Civil Veterinary Department ledger series I-VI
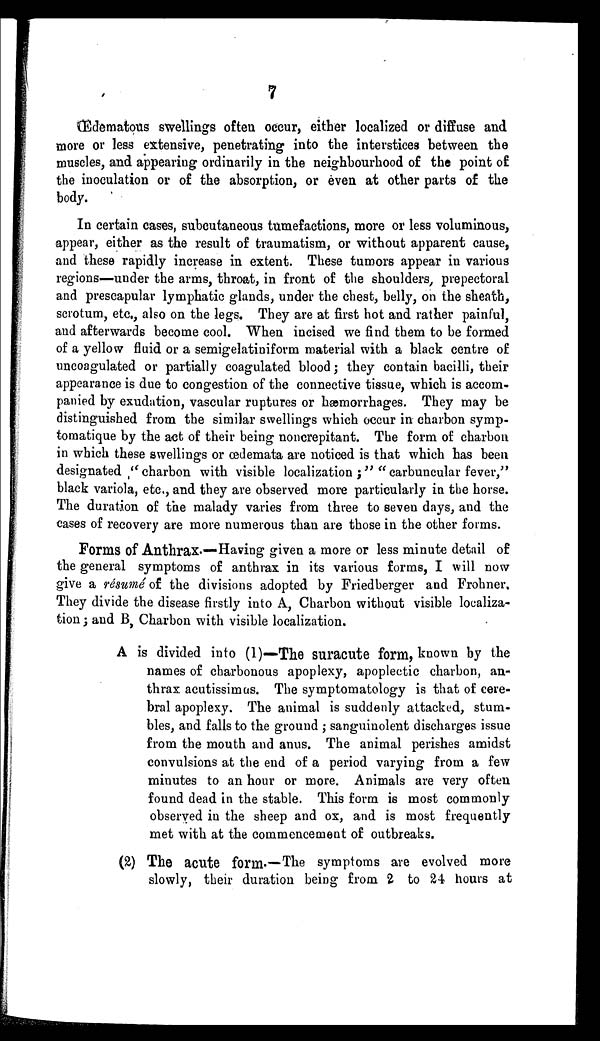
7
Œdematous swellings often occur, either localized or diffuse and
more or less extensive, penetrating into the interstices between the
muscles, and appearing ordinarily in the neighbourhood of the point of
the inoculation or of the absorption, or even at other parts of the
body.
In certain cases, subcutaneous tumefactions, more or less voluminous,
appear, either as the result of traumatism, or without apparent cause,
and these rapidly increase in extent. These tumors appear in various
regions—under the arms, throat, in front of the shoulders, prepectoral
and prescapular lymphatic glands, under the chest, belly, on the sheath,
scrotum, etc., also on the legs. They are at first hot and rather painful,
and afterwards become cool. When incised we find them to be formed
of a yellow fluid or a semigelatiniform material with a black centre of
uncoagulated or partially coagulated blood; they contain bacilli, their
appearance is due to congestion of the connective tissue, which is accom-
panied by exudation, vascular ruptures or hæmorrhages. They may be
distinguished from the similar swellings which occur in charbon symp-
tomatique by the act of their being noncrepitant. The form of charbon
in which these swellings or œdemata are noticed is that which has been
designated "charbon with visible localization;" "carbuncular fever,"
black variola, etc., and they are observed more particularly in the horse.
The duration of the malady varies from three to seven days, and the
cases of recovery are more numerous than are those in the other forms.
Forms of Anthrax.—Having given a more or less minute detail of
the general symptoms of anthrax in its various forms, I will now
give a résumé of the divisions adopted by Friedberger and Frohner.
They divide the disease firstly into A, Charbon without visible localiza-
tion; and B, Charbon with visible localization.
A is divided into (1)—The suracute form, known by the
names of charbonous apoplexy, apoplectic charbon, an-
thrax acutissimas. The symptomatology is that of cere-
bral apoplexy. The animal is suddenly attacked, stum-
bles, and falls to the ground; sanguinolent discharges issue
from the mouth and anus. The animal perishes amidst
convulsions at the end of a period varying from a few
minutes to an hour or more. Animals are very often
found dead in the stable. This form is most commonly
observed in the sheep and ox, and is most frequently
met with at the commencement of outbreaks.
(2) The acute form.—The symptoms are evolved more
slowly, their duration being from 2 to 24 hours at